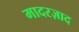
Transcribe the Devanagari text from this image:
मादरज़ाद